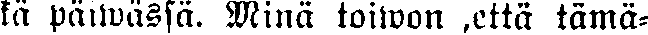
kä päiwässä. Minä toiwon ,että tämä-